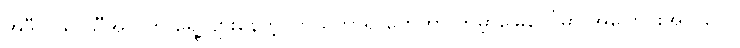
အဲဒီလို ရာသီအလိုက် ရွေ့လျားနေတဲ့ ကြယ်တာရာတွေဟာ ကမ္ဘာမြေပေါ်မှာ အပြောင်းအလဲတွေ